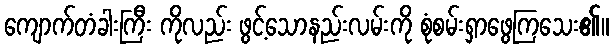
ကျောက်တံခါးကြီး ကိုလည်း ဖွင့်သောနည်းလမ်းကို စုံစမ်းရှာဖွေကြသေး၏။